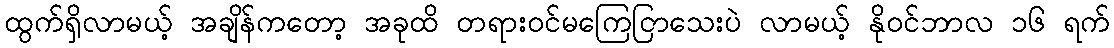
ထွက်ရှိလာမယ့် အချိန်ကတော့ အခုထိ တရားဝင်မကြေငြာသေးပဲ လာမယ့် နိုဝင်ဘာလ ၁၆ ရက်